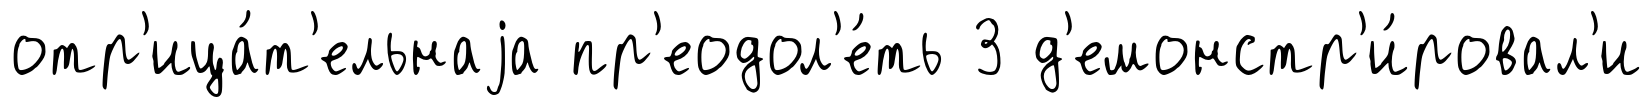
отр'ица́т'ельнаjа пр'еодол'е́ть 3 д'емонстр'и́ровал'и